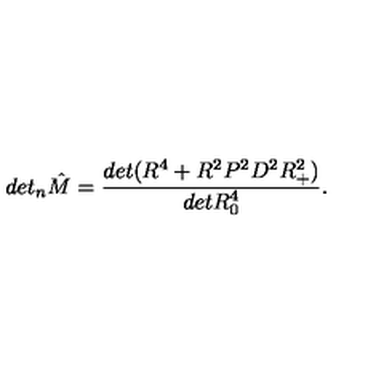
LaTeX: d e t _ { n } { \hat { M } } = \frac { d e t ( R ^ { 4 } + R ^ { 2 } P ^ { 2 } D ^ { 2 } R _ { + } ^ { 2 } ) } { d e t R _ { 0 } ^ { 4 } } .